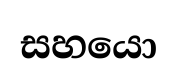
සහයො